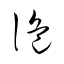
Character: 詭